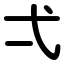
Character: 弌